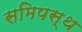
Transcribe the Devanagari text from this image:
समिपस्थ